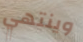
وينتهي